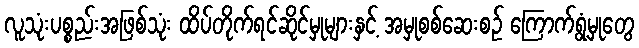
လူသုံးပစ္စည်းအဖြစ်သုံး ထိပ်တိုက်ရင်ဆိုင်မှုများနှင့် အမှုစစ်ဆေးစဉ် ကြောက်ရွံ့မှုတွေ